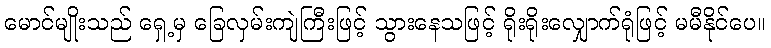
မောင်မျိုးသည် ရှေ့မှ ခြေလှမ်းကျဲကြီးဖြင့် သွားနေသဖြင့် ရိုးရိုးလျှောက်ရုံဖြင့် မမီနိုင်ပေ။